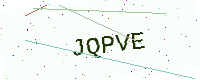
Text: JQPVE